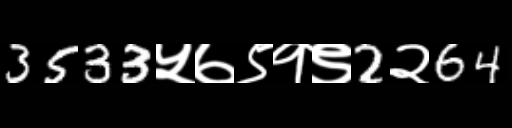
Text: 3533५७९१९2२64